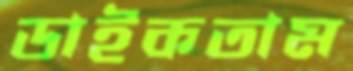
ডাইকতাম